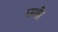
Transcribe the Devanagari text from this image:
छ्ड़ी